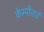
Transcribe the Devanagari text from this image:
केम्पीताई